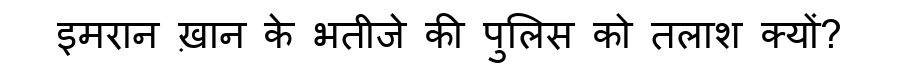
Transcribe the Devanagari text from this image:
इमरान ख़ान के भतीजे की पुलिस को तलाश क्यों?